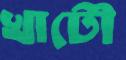
খাটৌ